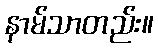
နာမ်သာတည်း။